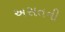
અસતની